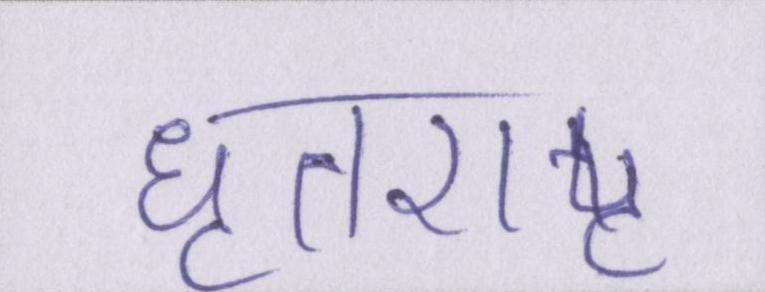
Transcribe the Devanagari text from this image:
धृतराष्ट